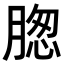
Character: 𦝰